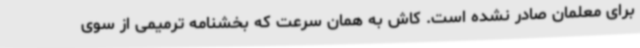
برای معلمان صادر نشده است. کاش به همان سرعت که بخشنامه ترمیمی از سوی